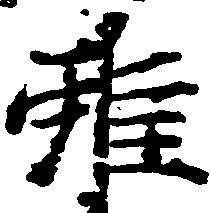
雖